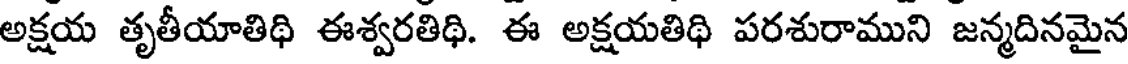
అక్షయ తృతీయాతిథి ఈశ్వరతిథి. ఈ అక్షయతిథి పరశురాముని జన్మదినమైన